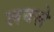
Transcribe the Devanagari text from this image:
लबले